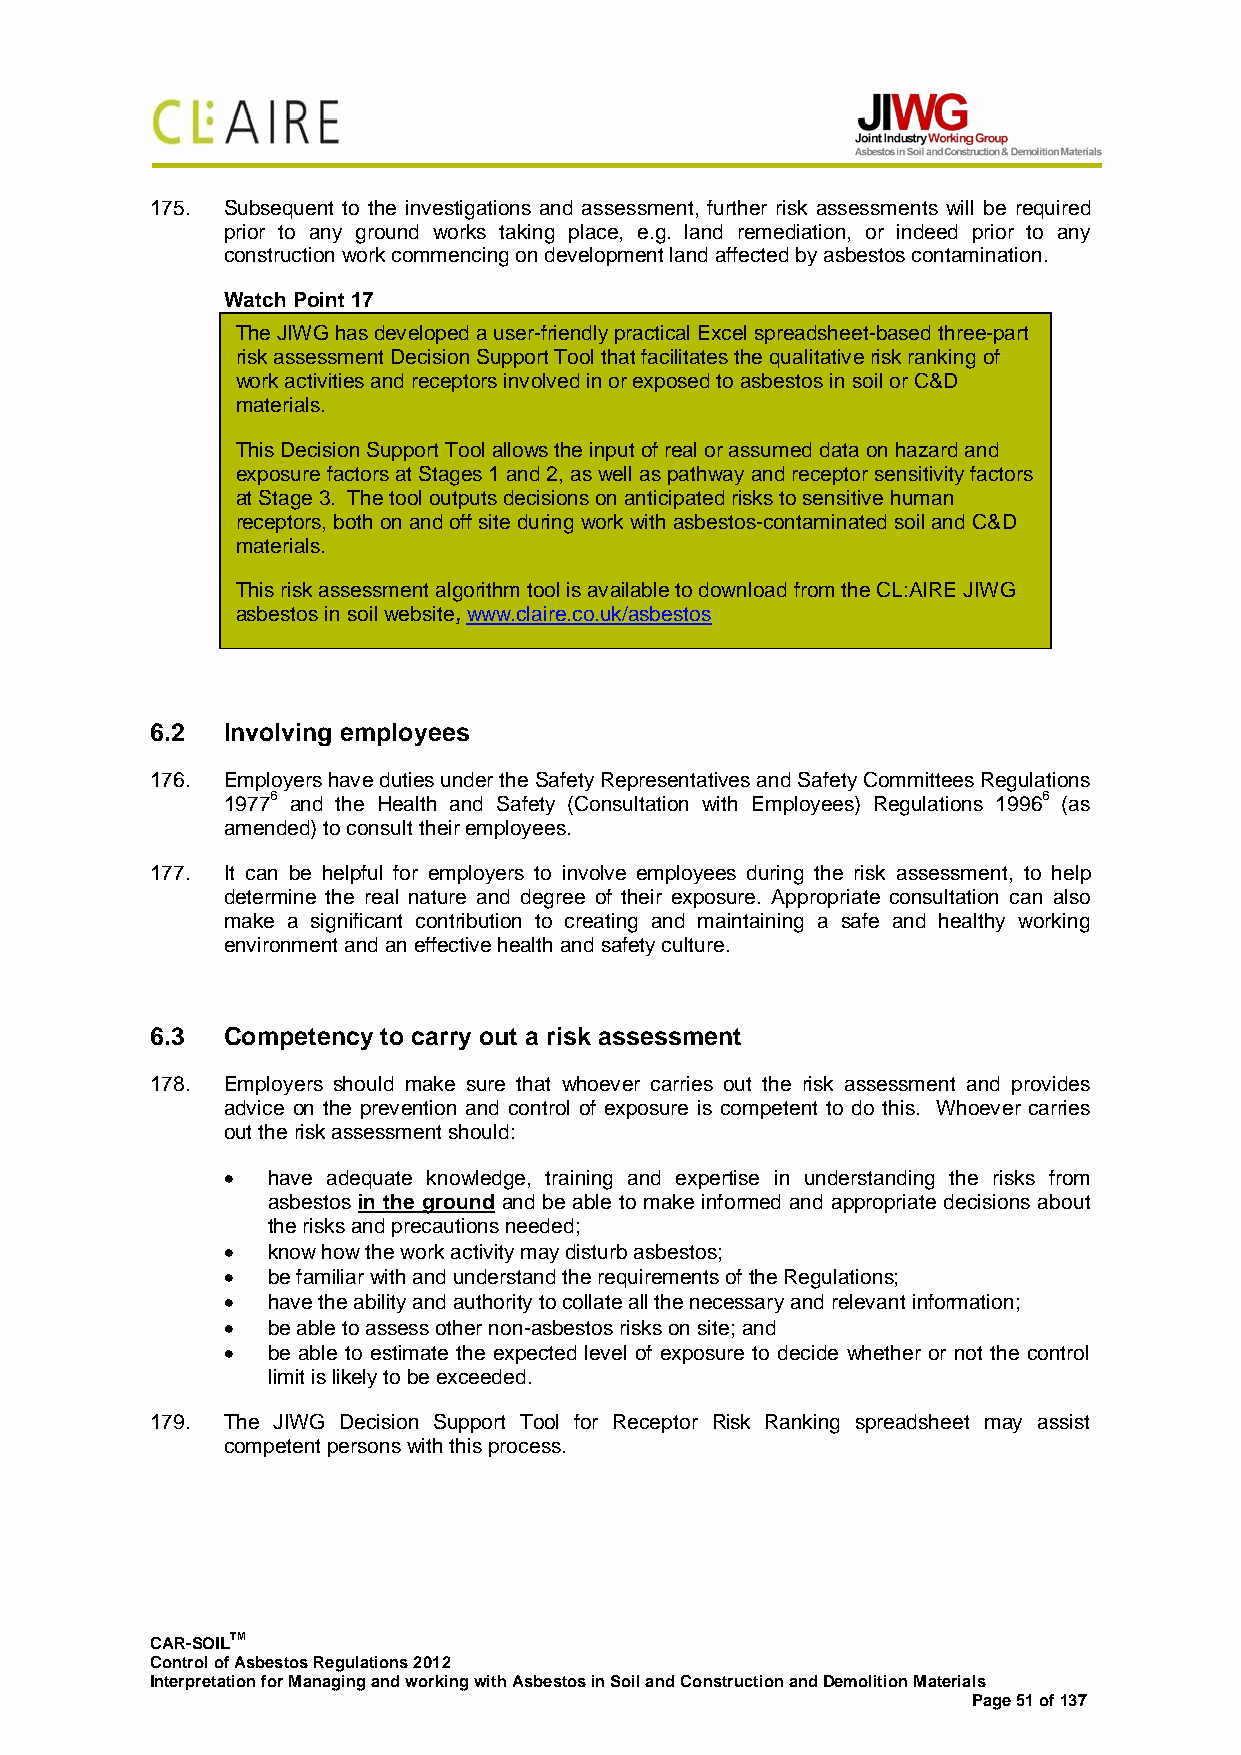
175. Subsequent to the investigations and assessment, further risk assessments will be required
 prior to any ground works taking place, e.g. land remediation, or indeed prior to any
 construction work commencing on development land affected by asbestos contamination.
 Watch Point 17
 The JIWG has developed a user-friendly practical Excel spreadsheet-based three-part
 risk assessment Decision Support Tool that facilitates the qualitative risk ranking of
 work activities and receptors involved in or exposed to asbestos in soil or C&D
 materials.
 This Decision Support Tool allows the input of real or assumed data on hazard and
 exposure factors at Stages 1 and 2, as well as pathway and receptor sensitivity factors
 at Stage 3. The tool outputs decisions on anticipated risks to sensitive human
 receptors, both on and off site during work with asbestos-contaminated soil and C&D
 materials.
 This risk assessment algorithm tool is available to download from the CL:AIRE JIWG
 asbestos in soil website, www.claire.co.uk/asbestos
 6.2  Involving employees
 176. Employers have duties under the Safety Representatives and Safety Committees Regulations
 19776 and the Health and Safety (Consultation with Employees) Regulations 19966 (as
 amended) to consult their employees.
 177. It can be helpful for employers to involve employees during the risk assessment, to help
 determine the real nature and degree of their exposure. Appropriate consultation can also
 make a significant contribution to creating and maintaining a safe and healthy working
 environment and an effective health and safety culture.
 6.3  Competency to carry out a risk assessment
 178. Employers should make sure that whoever carries out the risk assessment and provides
 advice on the prevention and control of exposure is competent to do this. Whoever carries
 out the risk assessment should:
 •  have adequate knowledge, training and expertise in understanding the risks from
 asbestos in the ground and be able to make informed and appropriate decisions about
 the risks and precautions needed;
 •  know how the work activity may disturb asbestos;
 •  be familiar with and understand the requirements of the Regulations;
 •  have the ability and authority to collate all the necessary and relevant information;
 •  be able to assess other non-asbestos risks on site; and
 •  be able to estimate the expected level of exposure to decide whether or not the control
 limit is likely to be exceeded.
 179. The JIWG Decision Support Tool for Receptor Risk Ranking spreadsheet may assist
 competent persons with this process.
 CAR-SOILTM
 Control of Asbestos Regulations 2012
 Interpretation for Managing and working with Asbestos in Soil and Construction and Demolition Materials
 Page 51 of 137